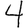
Digit: 4